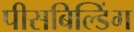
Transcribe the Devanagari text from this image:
पीसबिल्डिंग